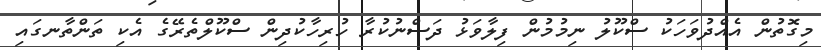
މިގޮތުން އެއްދުވަހަކު ސްކޫލު ނިމުމުން ފިލާވަޅު ދަސްނުކުރާ ހުރިހާކުދިން ސްކޫލްތެރޭގެ އެކި ތަންތާނގައި